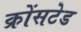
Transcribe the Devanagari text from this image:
क्रोंसटेड